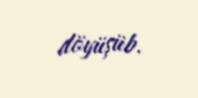
döyüşüb.